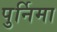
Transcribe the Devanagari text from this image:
पुर्निमा